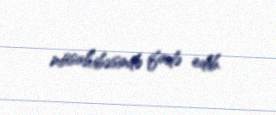
müsahibəsində ifadə edib.